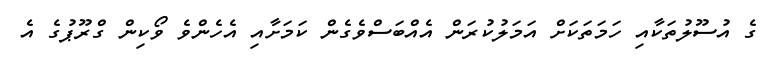
ގެ އުސޫލުތަކާއި ހަމަތަކަށް އަމަލުކުރަން އެއްބަސްވެގެން ކަމަށާއި އެހެންވެ ވޯކިން ގްރޫޕުގެ އެ